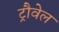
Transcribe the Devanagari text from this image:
ट्रौवेल